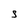
Character: S